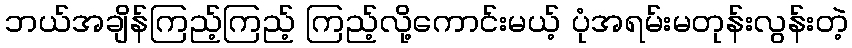
ဘယ်အချိန်ကြည့်ကြည့် ကြည့်လို့ကောင်းမယ့် ပုံအရမ်းမတုန်းလွန်းတဲ့